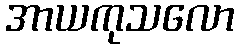
အာယကုသလော